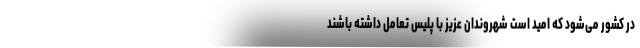
در کشور می‌شود که امید است شهروندان عزیز با پلیس تعامل داشته باشند